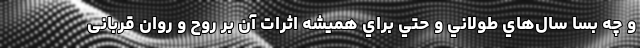
و چه بسا سال‌هاي طولاني و حتي براي هميشه اثرات آن بر روح و روان قربانی